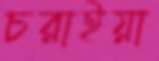
চরাইয়া